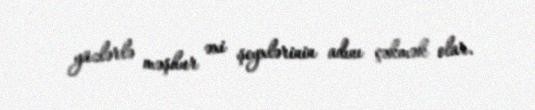
yüzlərlə məşhur əxi şeyxlərinin adını çəkmək olar.